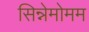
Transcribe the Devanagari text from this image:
सिन्नेमोमम